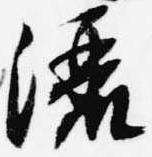
灑